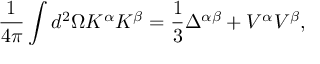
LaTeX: \frac { 1 } { 4 \pi } \int d ^ { 2 } \Omega K ^ { \alpha } K ^ { \beta } = \frac { 1 } { 3 } \Delta ^ { \alpha \beta } + V ^ { \alpha } V ^ { \beta } ,